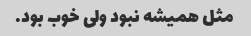
مثل همیشه نبود ولی خوب بود.